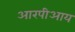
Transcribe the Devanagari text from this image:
आरपीआय